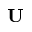
\textbf { U }